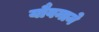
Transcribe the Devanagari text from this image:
यौवनाने